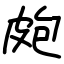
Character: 皰